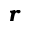
\mathbfit { r }